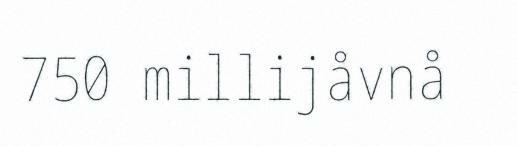
750 millijåvnå